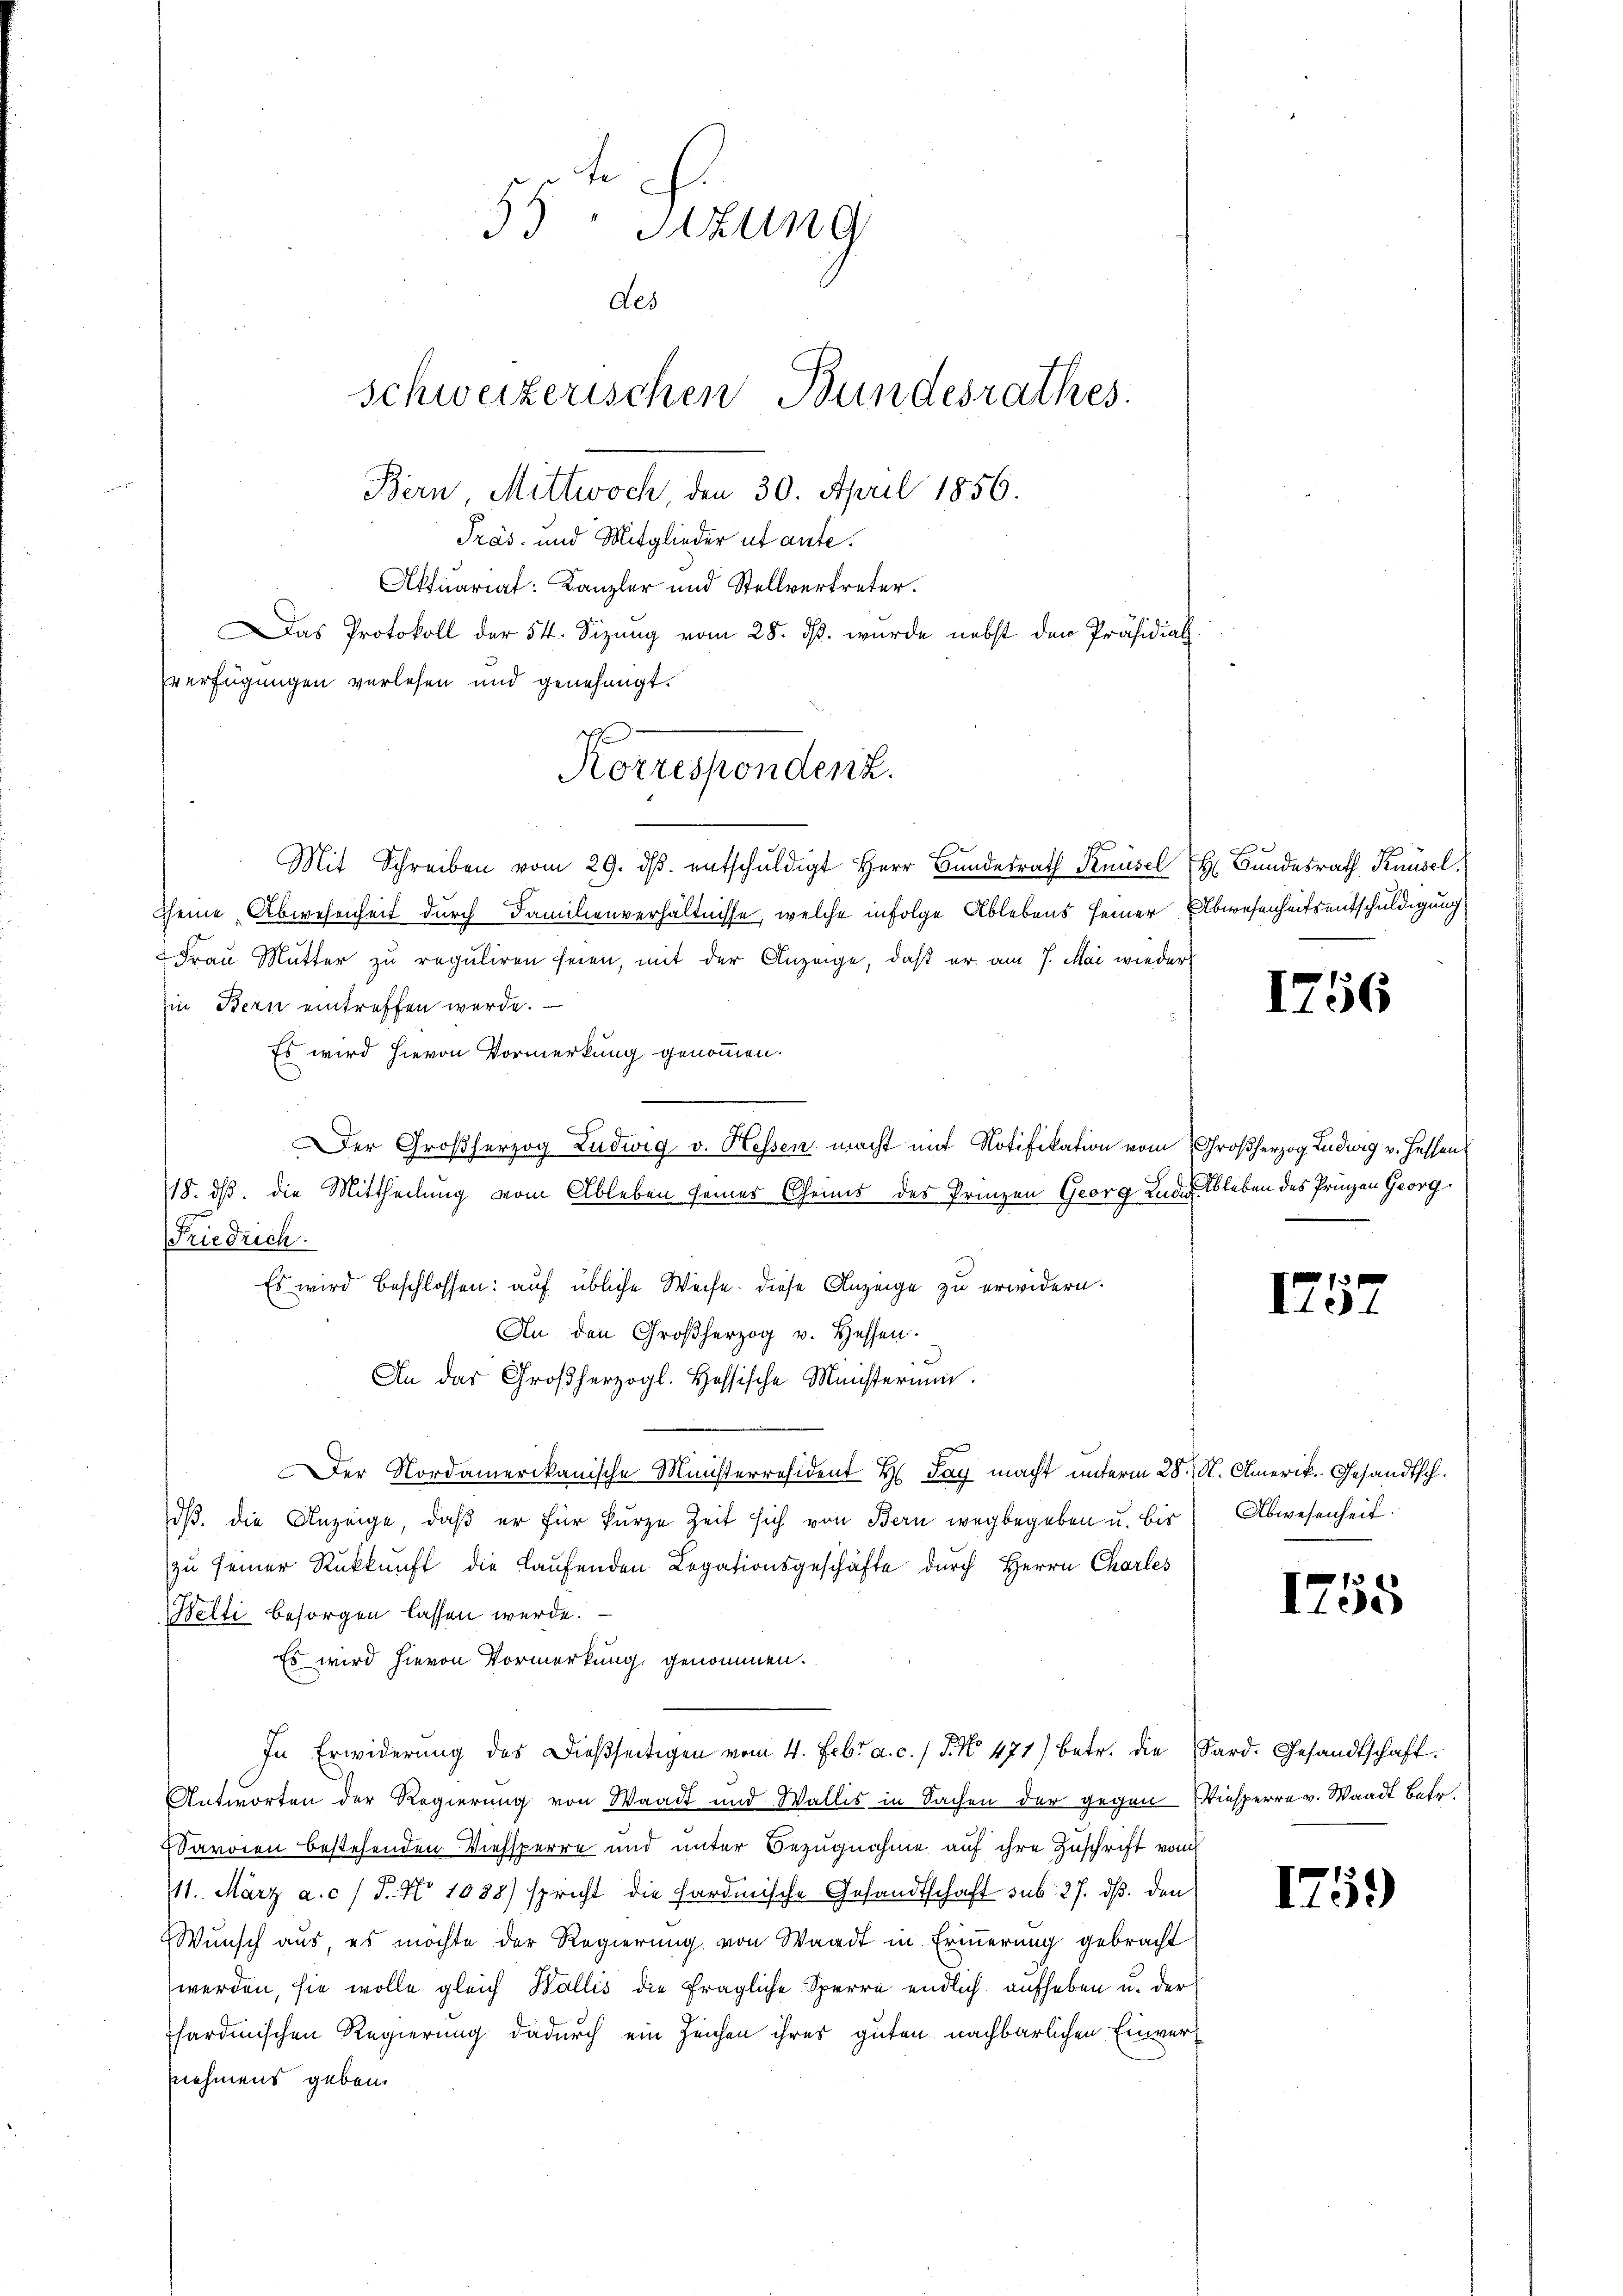
55 Sitzung
des
schweizerischen Bundesrathes.
Bern Mittwoch, den 30. April 1856.
Pras- und Mitglieder ut ante.
Aktuariat: Kanzler und Stellvertreter.
as Protokoll der 54. Sizung vom 28. ds. wurde nebst den Präsidial
verfügungen verlesen und genehmigt.

Koruspendenz.

Mit Schreiben vom 29. dβ. entschŭldigt Herr Bandrath Knüsel Bundesrath Knüsel.
sseine Abwesenheit durch Familienverhältnisse, welche infolge Ablebens seiner Abwesenheitsentschuldigung
Frau Mutter zu reguliren seien, mit der Anzeige, daß er am 7. Mai wieder
in Bern eintreffen werde.
Es wird hievon Vormerkung genommen.
Der Großherzog Ludwig v. Hessen macht mit Notifikation vom Großherzog Ludwig v. Hessen
118. ds. die Mittheilung vom Ableben seines Grims des Prinzen Georg Luder Ableben des Prinzen Georg
Friedrich.
Es wird beschlossen: auf übliche Weise. Diese Anzeige zu erwidern.
An den Großherzog v. Hessen.
An der Großherzogl. Hessische Ministerium.
Der Nordamerikanische Ministerräsident H. Tag macht unterm 28. N. Amerik. Gesandtsch.
dß. die Anzeige, daß er für kurze Zeit sich von Bern wegbegeben u. bis
zŭ seiner Rükkŭnft die Laŭfenden Legationsgeschäfte durch Herrn Charles
Kelti besorgen lassen werde.
Es wird hievon Vormerkung genommen.
In Erwiderŭng des dießseitigen vom 4. Febr. a. c. / 5. No 471) betr. die Sard. Gesandtschaft.
Antworten der Regierung von Waadt und Wallis in Sachen der gegen Kiesperre v. Waadt Betr.
Saroien bestehenden Viehsperre und unter Bezugnahme auf ihre Zuschrift vom
11. März a. c. / 5. No 1088) spricht die fordmische Gesandtschaft sub 27. ds. den
Wunsch aus, es möchte der Regierung von Waadt in Erinnerung gebracht
werden, sie wolle gleich Wallis die fragliche Sperre endlich aufheben u. der
sardinischen Regierung dadurch ein Zeichen ihres guten nachbarlichen Einvernnehmens geben.

1756

175.

Abwesenheit.

1758

1759)